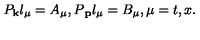
P _ { { \bf k } } l _ { \mu } = A _ { \mu } , P { \bf _ p } l _ { \mu } = B _ { \mu } , \mu = t , x .